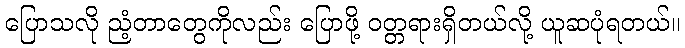
ပြောသလို ညံ့တာတွေကိုလည်း ပြောဖို့ ဝတ္တရားရှိတယ်လို့ ယူဆပုံရတယ်။